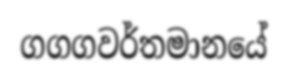
ගගගවර්තමානයේ